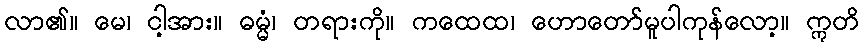
လာ၏။ မေ၊ ငါ့အား။ ဓမ္မံ၊ တရားကို။ ကထေထ၊ ဟောတော်မူပါကုန်လော့။ ဣတိ